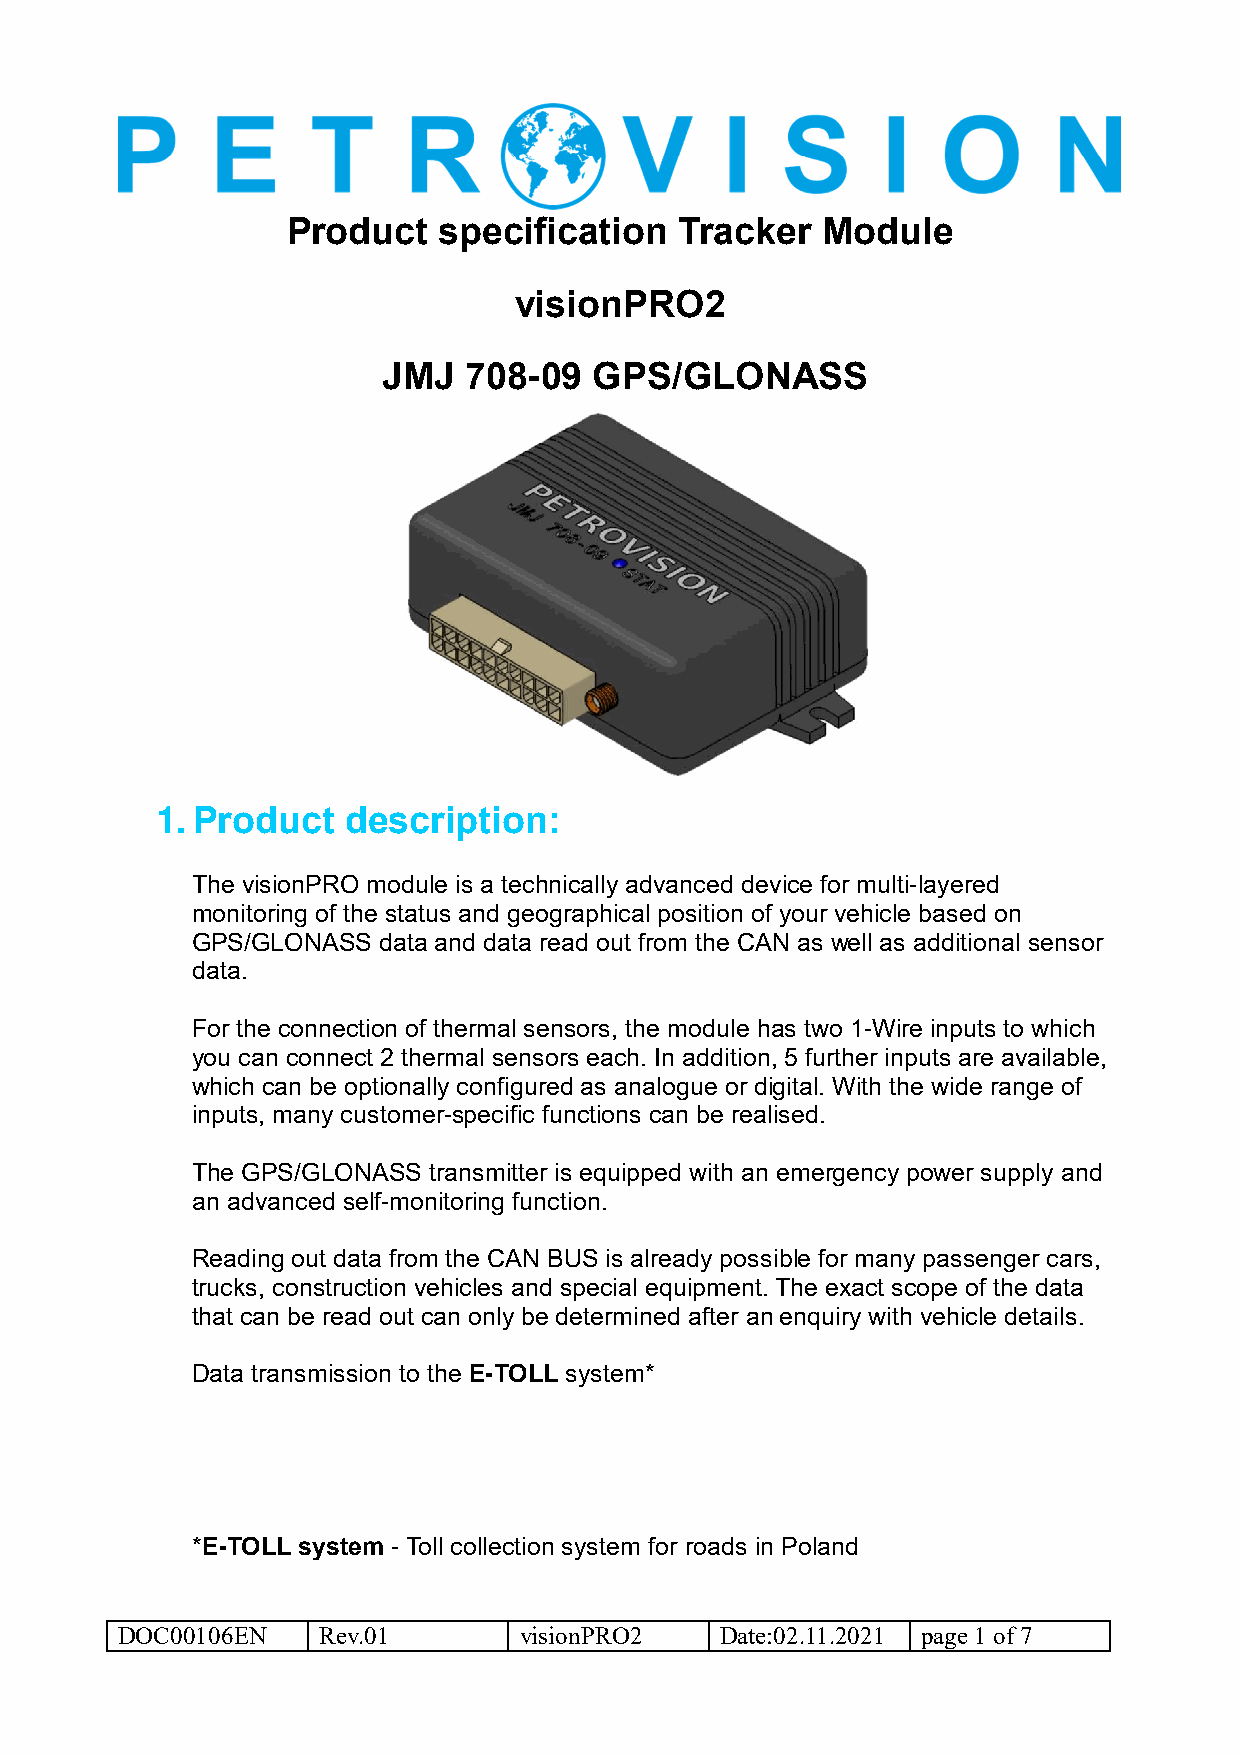
Product   specification   Tracker  Module
 visionPRO2
 -
 JMJ   708  09 GPS/GLONASS
 1.
 Product   description:
 The visionPRO module is a technically advanced device for multi-layered
 monitoring of the status and geographical position of your vehicle based on
 GPS/GLONASS data and data read out from the CAN as well as additional sensor
 data.
 For the connection of thermal sensors, the module has two 1-Wire inputs to which
 you can connect 2 thermal sensors each. In addition, 5 further inputs are available,
 which can be optionally configured as analogue or digital. With the wide range of
 inputs, many customer-specific functions can be realised.
 The GPS/GLONASS transmitter is equipped with an emergency power supply and
 an advanced self-monitoring function.
 Reading out data from the CAN BUS is already possible for many passenger cars,
 trucks, construction vehicles and special equipment. The exact scope of the data
 that can be read out can only be determined after an enquiry with vehicle details.
 Data transmission to the E-TOLL system*
 *E-TOLL system - Toll collection system for roads in Poland
 DOC00106EN   Rev.01       visionPRO2    Date:02.11.2021 page 1 of 7